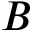
\boldsymbol { B }